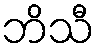
ဘိသီ